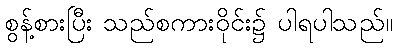
စွန့်စားပြီး သည်စကားဝိုင်း၌ ပါရပါသည်။